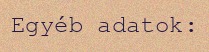
Egyéb adatok: